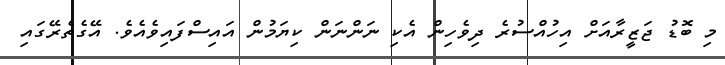
މި ބޮޑު ޖަޒީރާއަށް އިހުއްސުރެ ދިވެހިން އެކި ނަންނަން ކިޔަމުން އައިސްފައިވެއެވެ. އޭގެތެރޭގައި